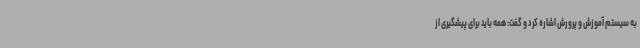
به سیستم آموزش و پرورش اشاره کرد و گفت: همه باید برای پیشگیری از